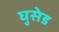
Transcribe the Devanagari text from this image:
घुसेड